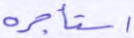
استأجره